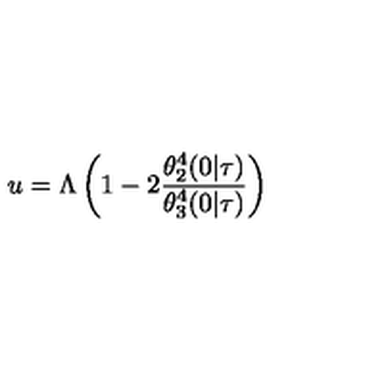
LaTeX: u = \Lambda \left( 1 - 2 \frac { \theta _ { 2 } ^ { 4 } ( 0 | \tau ) } { \theta _ { 3 } ^ { 4 } ( 0 | \tau ) } \right)